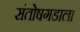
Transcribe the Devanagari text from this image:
संतोषगडाला